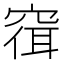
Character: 𫁓